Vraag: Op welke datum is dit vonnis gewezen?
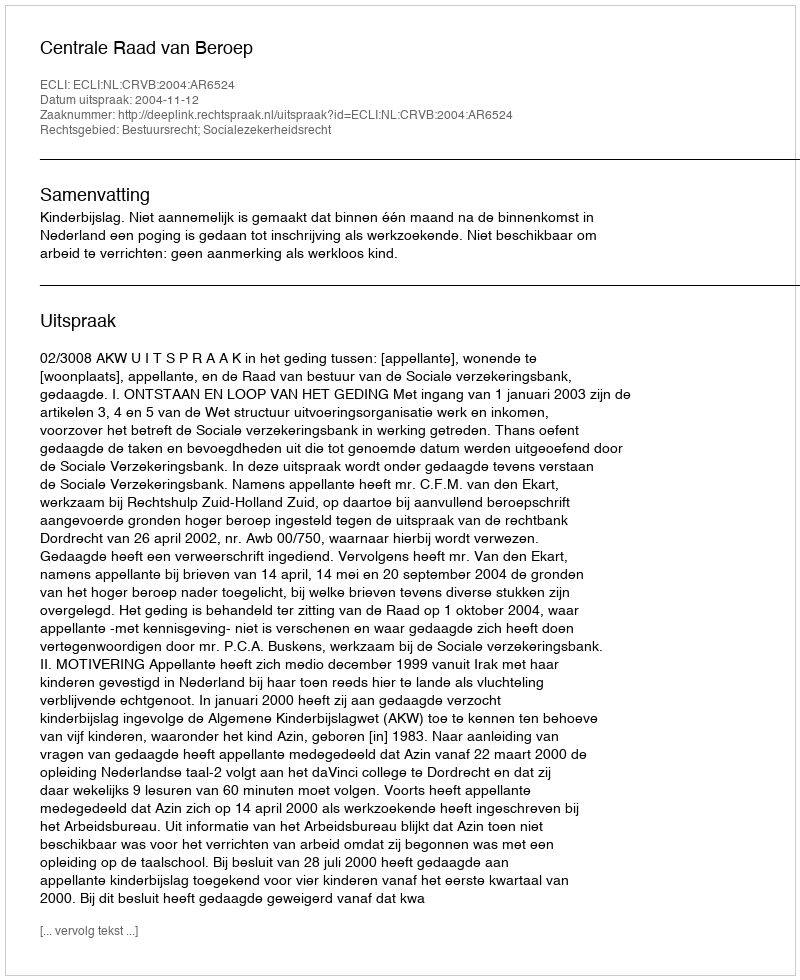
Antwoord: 2004-11-12